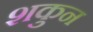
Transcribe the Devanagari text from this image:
शकुुन